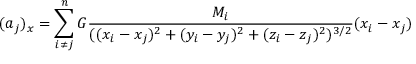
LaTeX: ( a _ { j } ) _ { x } = \sum _ { i \neq j } ^ { n } G { \frac { M _ { i } } { ( ( x _ { i } - x _ { j } ) ^ { 2 } + ( y _ { i } - y _ { j } ) ^ { 2 } + ( z _ { i } - z _ { j } ) ^ { 2 } ) ^ { 3 / 2 } } } ( x _ { i } - x _ { j } )